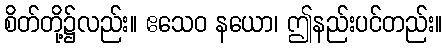
စိတ်တို့၌လည်း။ ဧသေဝ နယော၊ ဤနည်းပင်တည်း။